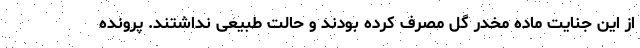
از این جنایت ماده مخدر گل مصرف کرده بودند و حالت طبیعی نداشتند. پرونده